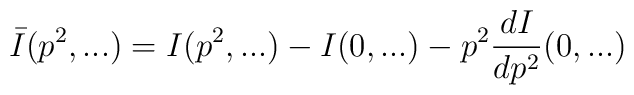
\bar {I} (p^2,...) = I (p^2,...)  - I (0,...) - p^2 \frac{dI}{dp^2}(0,...)